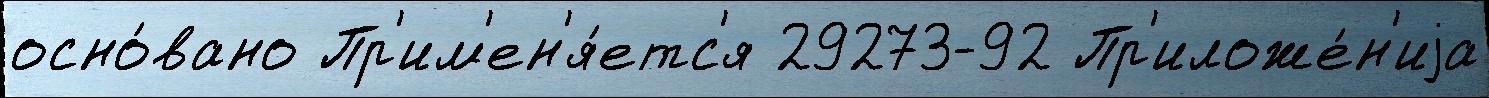
осно́вано Пр'им'ен'я́етс'я 29273-92 Пр'иложе́н'иjа